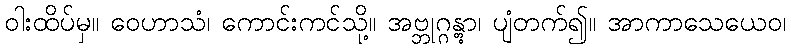
ဝါးထိပ်မှ။ ဝေဟာသံ၊ ကောင်းကင်သို့။ အဗ္ဘုဂ္ဂန္တွာ၊ ပျံတက်၍။ အာကာသေယေဝ၊